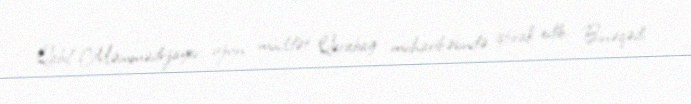
Qabil Məmmədrzayev uzun müddət Qarabağ müharibəsində iştirak edib, Binəqədi